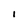
Character: I